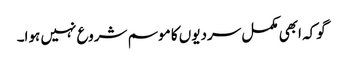
گوکہ ابھی مکمل سردیوں کا موسم شروع نہیں ہوا۔